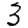
Digit: 3